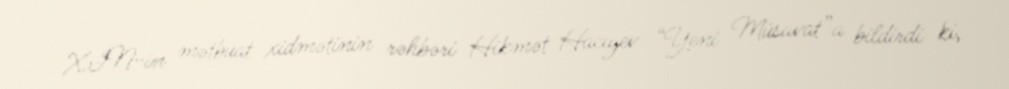
XİN-in mətbuat xidmətinin rəhbəri Hikmət Hacıyev “Yeni Müsavat”a bildirdi ki,